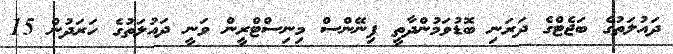
ދައުލަތުގެ ބަޖެޓްގެ ދަރަނި ބޮޑުވަމުންދާތީ ފިނޭންސް މިނިސްޓްރީން ވަނީ ދައުލަތުގެ ހަރަދުން 15